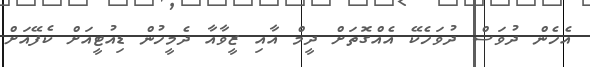
އެހެން ދުވަސް ދުވަހެކޭ އެއްގޮތަށް ދީމް އާއި ޒީވާއާ ދެމީހުން ޑިއުޓީއަށް ކެފޭއަށް